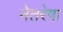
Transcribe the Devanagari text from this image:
नेतरेषा